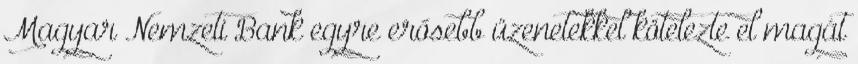
Magyar Nemzeti Bank egyre erősebb üzenetekkel kötelezte el magát